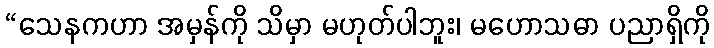
“သေနကဟာ အမှန်ကို သိမှာ မဟုတ်ပါဘူး၊ မဟောသဓာ ပညာရှိကို